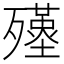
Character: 𣩲